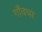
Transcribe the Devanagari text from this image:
गाँवघर